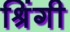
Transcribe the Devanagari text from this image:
श्रिंगी